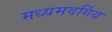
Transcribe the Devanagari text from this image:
मध्यमवर्गिय